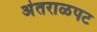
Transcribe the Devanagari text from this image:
अंतराळपट